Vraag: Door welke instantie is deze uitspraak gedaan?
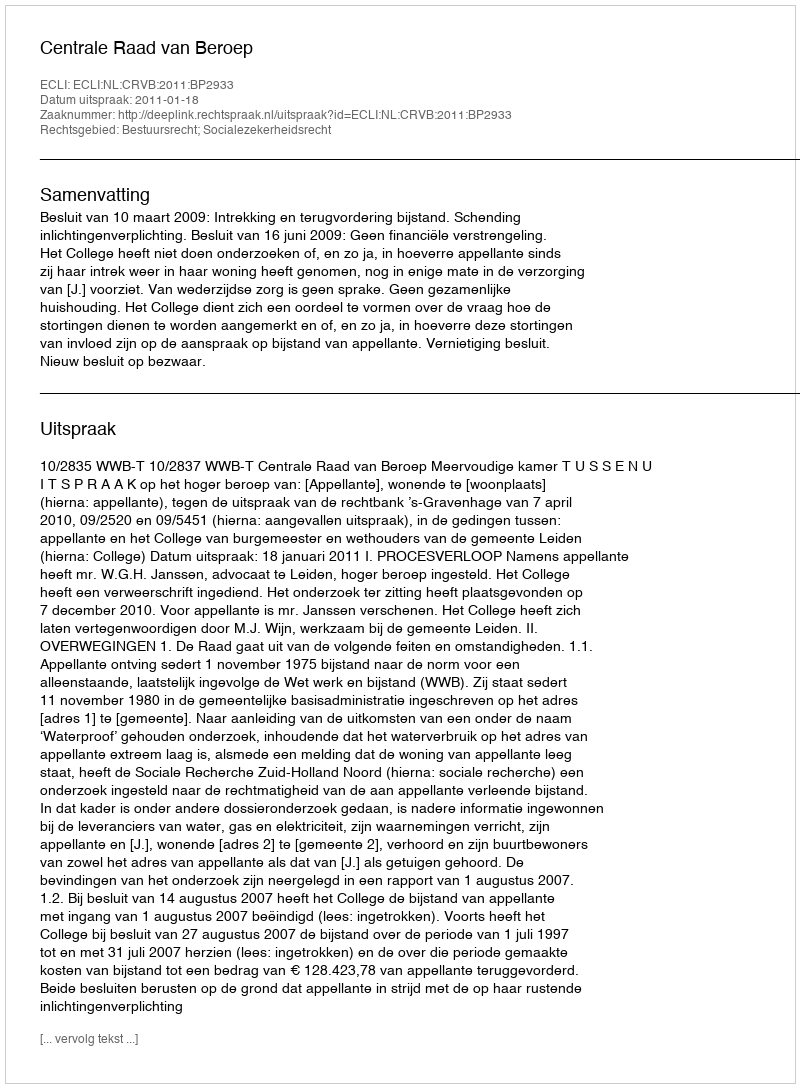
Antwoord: Centrale Raad van Beroep